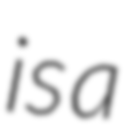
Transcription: is a